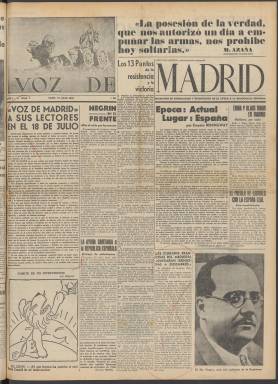
Título: Voz de Madrid (Paris)
Otros títulos: Voix de Madrid
Colección: Periódicos || Guerra civil
Ámbito geográfico: Francia
Lugar de publicación: Paris
Fechas: 18/07/1938-25/02/1939